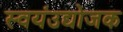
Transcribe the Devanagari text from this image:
स्वयंउद्योजक